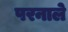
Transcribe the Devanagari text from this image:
परनाले